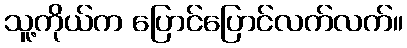
သူ့ကိုယ်က ပြောင်ပြောင်လက်လက်။